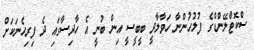
ސްކޮޓްލޭންޑްގެ ފުލުހުންނާ ހަވާލާދީ ބީބީސީ އިން ބުނީ އެ ހާދިސާގައި ދެ ފިރިހެނަކަށް